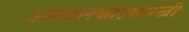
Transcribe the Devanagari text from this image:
अक्कलकोटसारखी